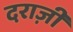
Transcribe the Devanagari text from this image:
दराज़ी